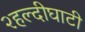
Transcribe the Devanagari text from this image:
२हल्दीघाटी